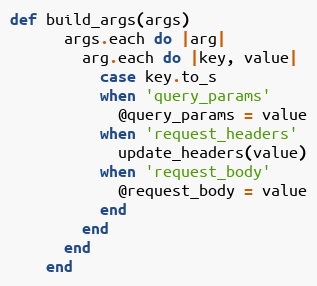
Language: Ruby
def build_args(args)
      args.each do |arg|
        arg.each do |key, value|
          case key.to_s
          when 'query_params'
            @query_params = value
          when 'request_headers'
            update_headers(value)
          when 'request_body'
            @request_body = value
          end
        end
      end
    end